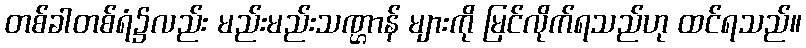
တစ်ခါတစ်ရံ၌လည်း မည်းမည်းသဏ္ဌာန် များကို မြင်လိုက်ရသည်ဟု ထင်ရသည်။